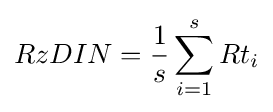
RzDIN={\frac {1}{s}}\sum _{i=1}^{s}Rt_{i}